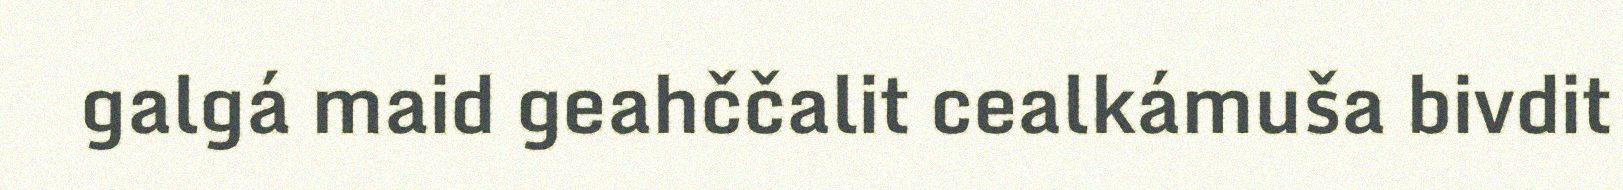
galgá maid geahččalit cealkámuša bivdit